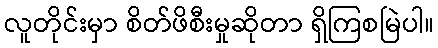
လူတိုင်းမှာ စိတ်ဖိစီးမှုဆိုတာ ရှိကြစမြဲပါ။